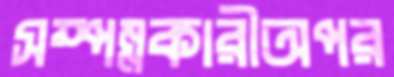
সম্পন্নকারীঅপর